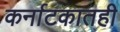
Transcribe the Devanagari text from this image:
कर्नाटकातही